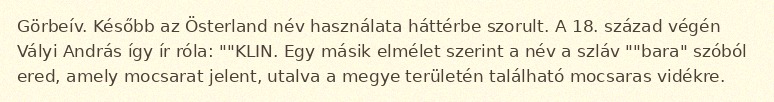
Görbeív. Később az Österland név használata háttérbe szorult. A 18. század végén Vályi András így ír róla: ""KLIN. Egy másik elmélet szerint a név a szláv ""bara" szóból ered, amely mocsarat jelent, utalva a megye területén található mocsaras vidékre.